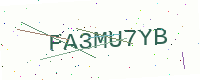
Text: FA3MU7YB